Civil Veterinary Department Bihar & Orissa reports 1929-36 - 1929-1936
Year: 1929
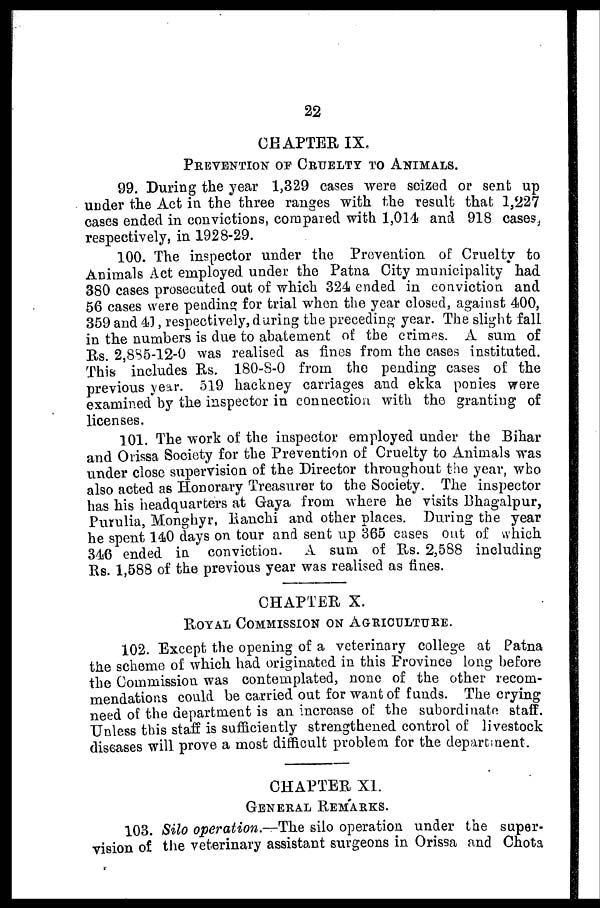
22
CHAPTER IX,
PREVENTION OF CRUELTY TO ANIMALS.
99. During the year 1,329 cases were seized or sent up
under the Act in the three ranges with the result that 1,227
cases ended in convictions, compared with 1,014 and 918 cases,
respectively, in 1928-29.
100. The inspector under the Prevention of Cruelty to
Animals Act employed under the Patna City municipality had
380 cases prosecuted out of which 324 ended in conviction and
56 cases were pending for trial when the year closed, against 400,
359 and 43, respectively, during the preceding year. The slight fall
in the numbers is due to abatement of the crimes. A sum of
Us. 2,885-12-0 was realised as fines from the cases instituted.
This includes Rs. 180-8-0 from the pending cases of the
previous year. 519 hackney carriages and ekka ponies were
examined by the inspector in connection with the granting of
licenses.
101. The work of the inspector employed under the Bihar
and Orissa Society for the Prevention of Cruelty to Animals was
under close supervision of the Director throughout the year, who
also acted as Honorary Treasurer to the Society. The inspector
has his headquarters at Gaya from where he visits Bhagalpur,
Purulia, Monghyr, Ranchi and other places. During the year
he spent 140 days on tour and sent up 365 cases out of which
346 ended in conviction.
A sum of Rs. 2,588 including
Rs. 1,588 of the previous year was realised as fines.
CHAPTER X.
ROYAL COMMISSION ON AGRICULTURE.
102. Except the opening of a veterinary college at Patna
the scheme of which had originated in this Province long before
the Commission was contemplated, none of the other recom-
mendations could be carried out for want of funds. The crying
need of the department is an increase of the subordinate staff.
Unless this staff is sufficiently strengthened control of livestock
diseases will prove a most difficult problem for the department.
CHAPTER XI.
GENERAL REMARKS.
103. Silo operation.—The silo operation under the super-
vision of the veterinary assistant surgeons in Orissa and Chota